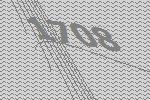
1708